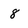
Character: 8